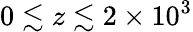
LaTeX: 0\lesssim z\lesssim 2\times 10^{3}